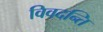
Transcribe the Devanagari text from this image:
विवदन्ति